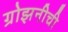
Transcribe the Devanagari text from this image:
ग्रोझनीची